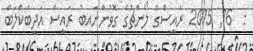
:  16